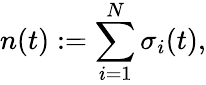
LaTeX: n(t):=\sum_{i=1}^{N}\sigma_{i}(t),